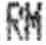
RM